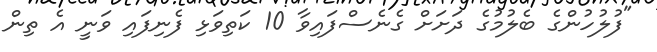
"ފުލުހުންގެ ބެލުމުގެ ދަށަށް ގެނެސްފައިވާ 10 ކަތިވަޅި ފެނިފައި ވަނީ އެ ތިން